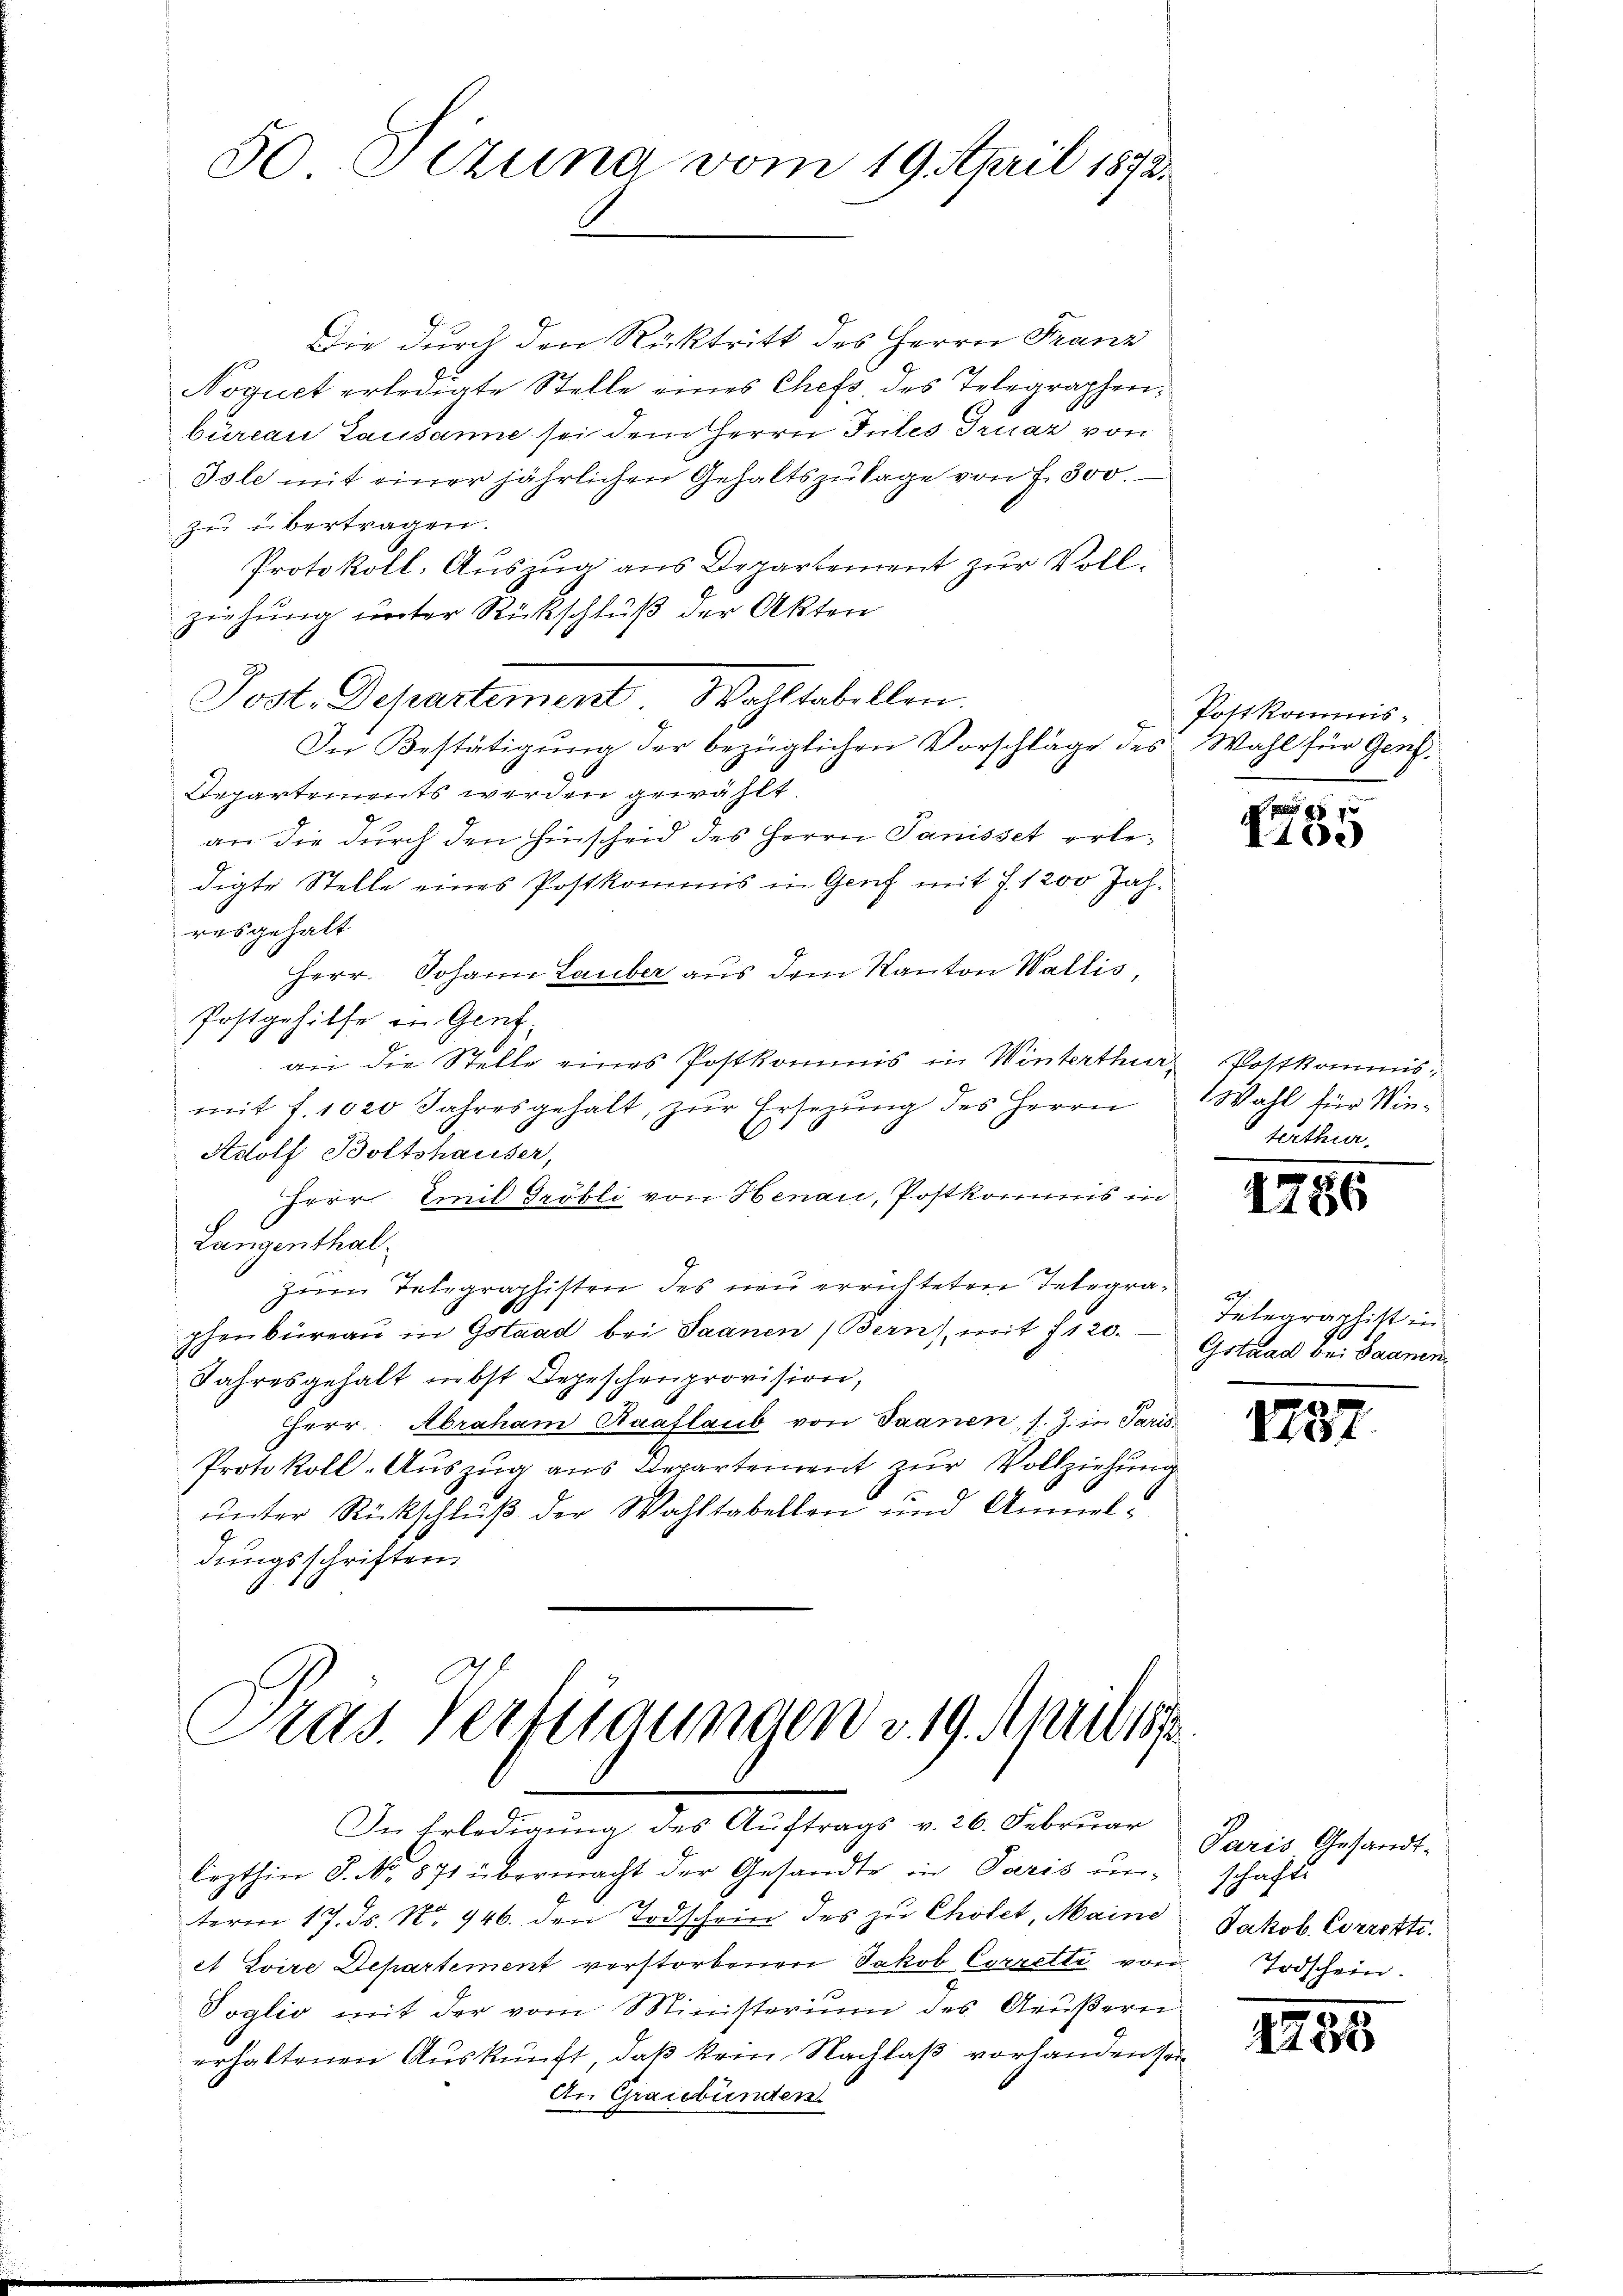
50 Sizung vom 19. April 1872.

Die durch den Rücktritt des Herrn Franz
Noquet erledigte Stelle eines Chefs des Telegraphenbüreau Lausanne sei dem Herrn Intes Truar von
Tole mit einer jährlichen Gehaltszutage von f. 300.
zu übertragen.
Protokoll-Auszug aus Departement zur Vollziehung unter Rückschluß der Akten
Post. Departement. Wahltabellen.
In Bestätigung der bezüglichen Vorschläge des Wahl für Genf,
Departements werden gewählt.
an die durch den Hinscheid des Herrn Panisset erledigte Stelle eines Postkommis in Genf mit 7. 1200 Jahresgehalt
Herr Johann Lauber aus dem Kanton Wallis,
Postgehilfe in Genf,
gei die Stelle eines Postkommis in Winterthur Postkommismit f. 1020 Jahresgehalt, zŭr Ersetzŭng des Herrn Wahl für Win-
Adolf Boltshauser,
Herr Emil Gröbli von Henau, Postkommis in
Langenthalzum Telegraphisten des neu errichteten Telegraphenbüreau in Gstand bei Saanen (Bern), mit 7120. Gothan bei Saanen,
Jahresgehalt nebst Depeschenprovision,
Herr Abraham Raaflaub von Saanen, s. Z. in Paris.
Protokoll-Auszug aus Departement zur Vollziehung
unter Rückschluß der Wahltabellen und Anmeldungsschriften
.
Pras. Verfügungen v. 19. April 1872

In Erledigung des Auftrags v. 26. Februar
lezthin S. No. 871 übermacht der Gesandte in Paris un-
term 17. ds. No. 946. den Todschein des zu Cholet, Maine
et Loire Departement verstorbenen Jakob Corretti von Todschein.
Toglio mit der vom Ministerium des Grŭβern
erhaltenen Auskunft, daß kein Nachlaß vorhanden sein
An Graubünden.

Postkommis-

1
I.10.

terthur

1256

lch.
Telegraphist in

1287

Paris Gesandt-
schaft
Jakob. Corrette.

1795